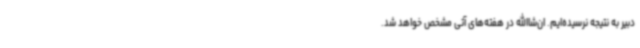
دبیر به نتیجه نرسیده‌ایم. ان‌شاالله در هفته‌های آتی مشخص خواهد شد.